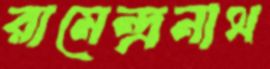
রামেন্দ্রনাথ